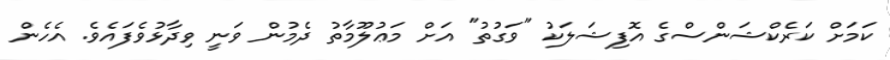
ކަމަށް ކަރެކްޝަންސްގެ އޮފިޝަލަކު "ވަގުތު" އަށް މަޢުލޫމާތު ދެމުން ވަނީ ވިދާޅުވެފައެވެ. އެހެން